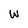
Character: W